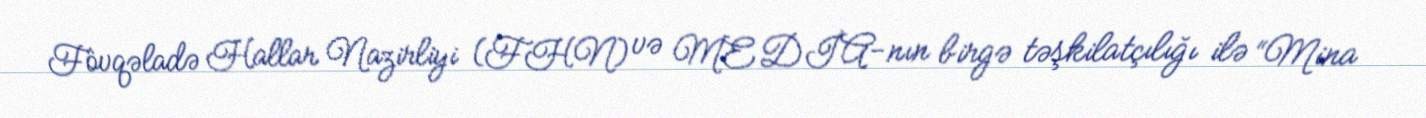
Fövqəladə Hallar Nazirliyi (FHN) və MEDİA-nın birgə təşkilatçılığı ilə “Mina